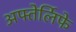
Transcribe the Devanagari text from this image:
अफ्तेर्लिफे